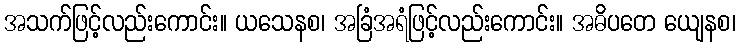
အသက်ဖြင့်လည်းကောင်း။ ယသေနစ၊ အခြံအရံဖြင့်လည်းကောင်း။ အဓိပတေ ယျေနစ၊